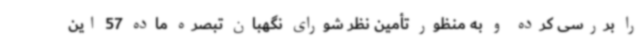
را بررسی کرده و به منظور تأمین نظر شورای نگهبان تبصره ماده 57 این